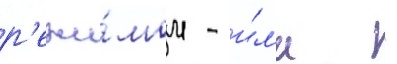
р'ежи́мом - и́л'и -